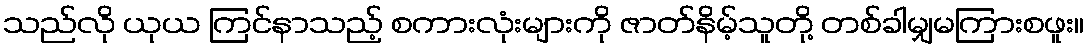
သည်လို ယုယ ကြင်နာသည့် စကားလုံးများကို ဇာတ်နိမ့်သူတို့ တစ်ခါမျှမကြားစဖူး။